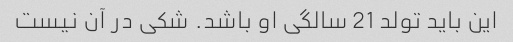
این باید تولد 21 سالگی او باشد. شکی در آن نیست